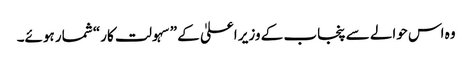
وہ اس حوالے سے پنجاب کے وزیر اعلیٰ کے ”سہولت کار“ شمار ہوئے۔